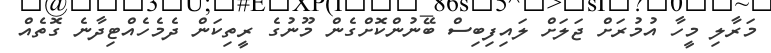
މަރާލި މީހާ އުމުރަށް ޖަލަށް ލައިފިބިސް ބޭނުންކޮށްގެން މޫނުގެ ރީތިކަން ދެމެހެއްޓިދާނެ ގޮތެއް